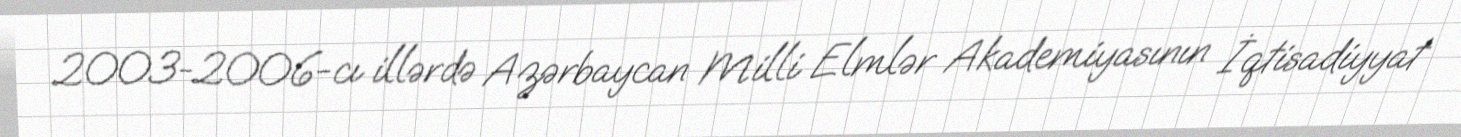
2003-2006-cı illərdə Azərbaycan Milli Elmlər Akademiyasının İqtisadiyyat